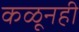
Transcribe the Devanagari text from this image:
कळूनही